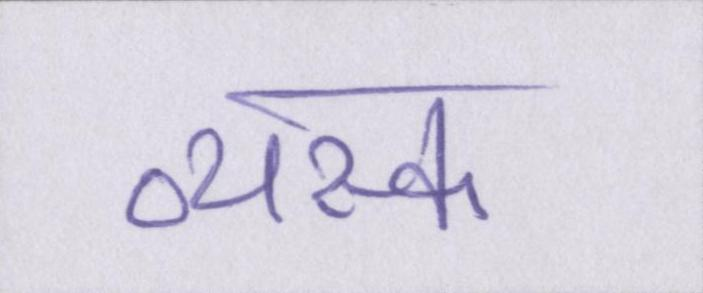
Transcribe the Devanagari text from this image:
व्यस्क